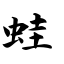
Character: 蛙